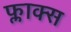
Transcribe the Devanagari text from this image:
फ्लाक्स